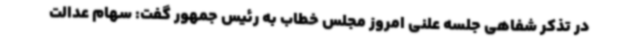
در تذکر شفاهی جلسه علنی امروز مجلس خطاب به رئیس جمهور گفت: سهام عدالت